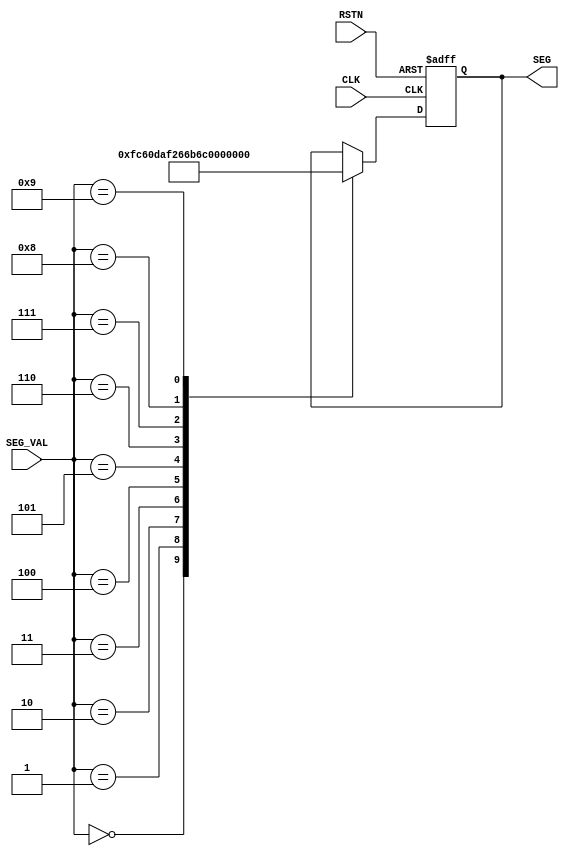
/*------------------------------------------------------------------------------
--      File Name = display_module.v                                          --
--                                                                            --
--      Design    = 7SEG Display Module                                       --
--                                                                            --
--      Revision  = 1.0         Date: 2012.3.22                              --
------------------------------------------------------------------------------*/
module display_module(
  	// input
  	CLK,RSTN,SEG_VAL,

  	// output
  	SEG
);

//----- input --------------------------------------------
input  CLK,RSTN;
input  [3:0] SEG_VAL;
//----- output -------------------------------------------
output [7:0] SEG;
//----- reg ----------------------------------------------
reg    [7:0] SEG;

	always@( posedge CLK or negedge RSTN ) begin
	  	if( !RSTN )begin
	    	SEG <= 8'b00000000;
		end
		else begin
	    	case( SEG_VAL )
	      		4'h0: SEG <= 8'b11111100;
	      		4'h1: SEG <= 8'b01100000;
	      		4'h2: SEG <= 8'b11011010;
	      		4'h3: SEG <= 8'b11110010;
	      		4'h4: SEG <= 8'b01100110;
	      		4'h5: SEG <= 8'b10110110;
	      		4'h6: SEG <= 8'b10111110;
	      		4'h7: SEG <= 8'b11100000;
	      		4'h8: SEG <= 8'b11111110;
	      		4'h9: SEG <= 8'b11110110;
			endcase
		end
	end

endmodule